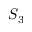
S _ { 3 }